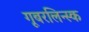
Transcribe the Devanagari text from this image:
गूबरलिन्स्क